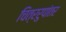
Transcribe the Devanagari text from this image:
चित्ररुपांतर